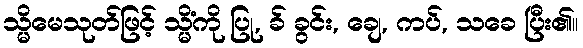
သ္မိမေသုတ်ဖြင့် သ္မိံကို ပြု, ခ် ခွင်း, ချေ, ကပ်, သခေ ပြီး၏။